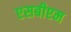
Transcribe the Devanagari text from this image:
एसबीएम